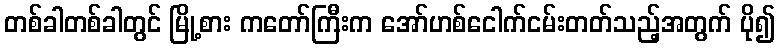
တစ်ခါတစ်ခါတွင် မြို့စား ကတော်ကြီးက အော်ဟစ်ငေါက်ငမ်းတတ်သည့်အတွက် ပို၍